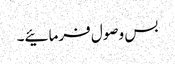
بس وصول فرمائیے۔